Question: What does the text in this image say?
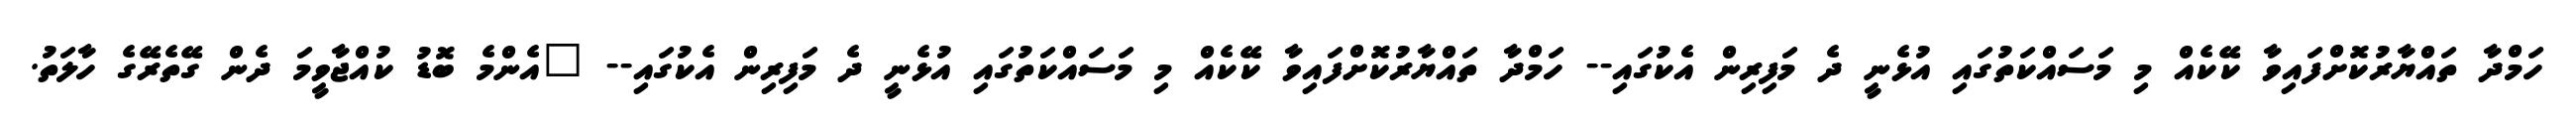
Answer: ހަމްދާ ތައްޔާރުކޮށްފައިވާ ކޭކެއް މި މަސައްކަތުގައި އުޅެނީ ދެ މަފިރިން އެކުގައި-- ހަމްދާ ތައްޔާރުކޮށްފައިވާ ކޭކެއް މި މަސައްކަތުގައި އުޅެނީ ދެ މަފިރިން އެކުގައި-- "އެންމެ ބޮޑު ކުއްޖާވީމަ ދެން ގޭތެރޭގެ ހާލަތު.